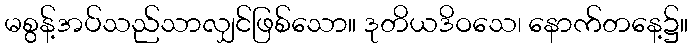
မစွန့်အပ်သည်သာလျှင်ဖြစ်သော။ ဒုတိယဒိဝသေ၊ နောက်တနေ့၌။